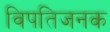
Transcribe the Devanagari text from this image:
विपतिजनक